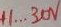
Text: +1...30V